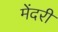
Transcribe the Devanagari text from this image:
मेंदरी